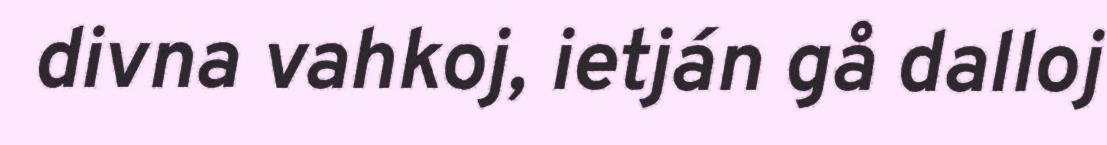
divna vahkoj, ietján gå dalloj